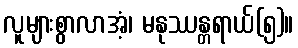
လူများစွာလာအံ့၊ မနုဿန္တရာယ်(၅)။